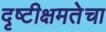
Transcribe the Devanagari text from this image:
दृष्टीक्षमतेचा